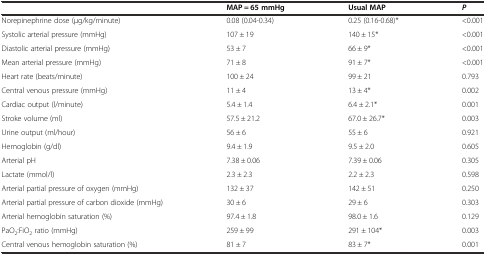
<table><thead><tr><td></td><td><b>MAP = 65 mmHg</b></td><td><b>Usual MAP</b></td><td><b><i>P</i></b></td></tr></thead><tbody><tr><td>Norepinephrine dose (μg/kg/minute)</td><td>0.08 (0.04-0.34)</td><td>0.25 (0.16-0.68)*</td><td>&lt;0.001</td></tr><tr><td>Systolic arterial pressure (mmHg)</td><td>107 ± 19</td><td>140 ± 15*</td><td>&lt;0.001</td></tr><tr><td>Diastolic arterial pressure (mmHg)</td><td>53 ± 7</td><td>66 ± 9*</td><td>&lt;0.001</td></tr><tr><td>Mean arterial pressure (mmHg)</td><td>71 ± 8</td><td>91 ± 7*</td><td>&lt;0.001</td></tr><tr><td>Heart rate (beats/minute)</td><td>100 ± 24</td><td>99 ± 21</td><td>0.793</td></tr><tr><td>Central venous pressure (mmHg)</td><td>11 ± 4</td><td>13 ± 4*</td><td>0.002</td></tr><tr><td>Cardiac output (l/minute)</td><td>5.4 ± 1.4</td><td>6.4 ± 2.1*</td><td>0.001</td></tr><tr><td>Stroke volume (ml)</td><td>57.5 ± 21.2</td><td>67.0 ± 26.7*</td><td>0.003</td></tr><tr><td>Urine output (ml/hour)</td><td>56 ± 6</td><td>55 ± 6</td><td>0.921</td></tr><tr><td>Hemoglobin (g/dl)</td><td>9.4 ± 1.9</td><td>9.5 ± 2.0</td><td>0.605</td></tr><tr><td>Arterial pH</td><td>7.38 ± 0.06</td><td>7.39 ± 0.06</td><td>0.305</td></tr><tr><td>Lactate (mmol/l)</td><td>2.3 ± 2.3</td><td>2.2 ± 2.3</td><td>0.598</td></tr><tr><td>Arterial partial pressure of oxygen (mmHg)</td><td>132 ± 37</td><td>142 ± 51</td><td>0.250</td></tr><tr><td>Arterial partial pressure of carbon dioxide (mmHg)</td><td>30 ± 6</td><td>29 ± 6</td><td>0.303</td></tr><tr><td>Arterial hemoglobin saturation (%)</td><td>97.4 ± 1.8</td><td>98.0 ± 1.6</td><td>0.129</td></tr><tr><td>PaO<sub>2</sub>:FiO<sub>2</sub> ratio (mmHg)</td><td>259 ± 99</td><td>291 ± 104*</td><td>0.003</td></tr><tr><td>Central venous hemoglobin saturation (%)</td><td>81 ± 7</td><td>83 ± 7*</td><td>0.001</td></tr></tbody></table>